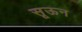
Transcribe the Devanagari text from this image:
सूऊन